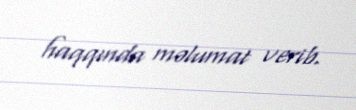
haqqında məlumat verib.